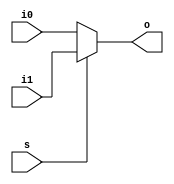
module mux(i0, i1, s, o);
input [15:0] i0;
input [15:0] i1;
input s;
output [15:0] o;
assign o = s ? i1 : i0;
endmodule